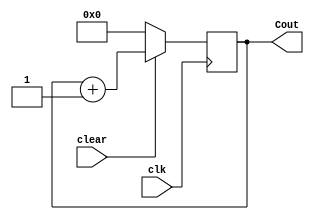
`timescale 1ns / 1ps
//////////////////////////////////////////////////////////////////////////////////
// Company: 
// Engineer: 
// 
// Design Name: 
// Module Name: Four_bit_Up_counter
// Project Name: 
// Target Devices: 
// Tool Versions: 
// Description: 
// 
// Dependencies: 
// 
// Revision:
// Revision 0.01 - File Created
// Additional Comments:
// 
//////////////////////////////////////////////////////////////////////////////////


module Four_bit_Up_counter(
    input clear,
    input clk,
    output reg [3:0] Cout
    );
     initial
      Cout=0;
     always @ (posedge clk) 
     begin  
    if (clear==0)  
      Cout <= 0;  
    else  
      Cout <= Cout + 1;  
  end    
endmodule